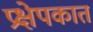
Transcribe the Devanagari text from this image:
प्रक्षेपकात